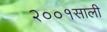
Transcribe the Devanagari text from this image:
२००१साली